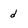
Character: d